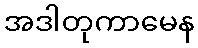
အဒါတုကာမေန